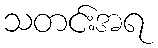
သတင်းအရ